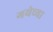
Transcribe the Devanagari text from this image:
गयेच्या